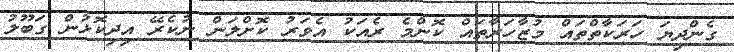
ގެންދިޔަ ހަރަކާތްތައް މުޒާހަރާތައް ކޮންމެ ރެއަކު އެވަރު ކޮށްލަން ނުކެރޭ އިދިކޮޅުން ގަބޫލު